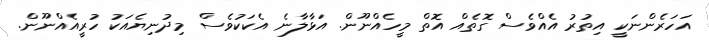
އަހަރެންނަކީ އިތުރު އެއްވެސް ގޮތެއް އޮތް މީހެއްނޫން. އަޅާލާނެ އެކަކުވެސް މިދުނިޔެއަކު ހުރީއެއްނޫން.